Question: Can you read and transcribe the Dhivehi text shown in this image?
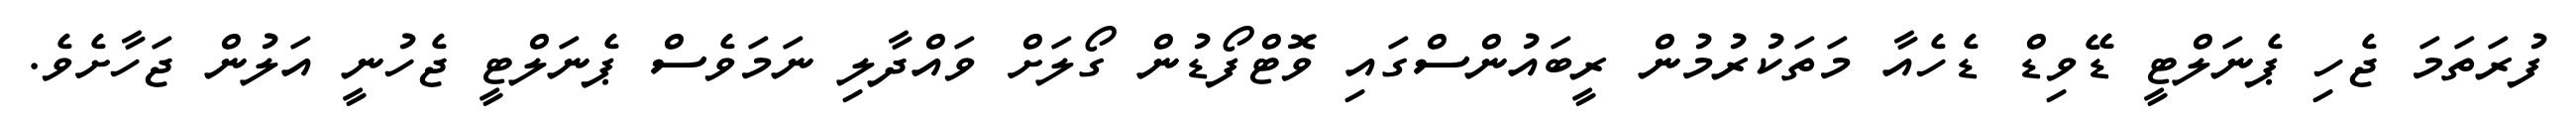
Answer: ފުރަތަމަ ޖެހި ޕެނަލްޓީ ޑޭވިޑް ޑެހެއާ މަތަކުރުމުން ރީބައުންސްގައި ވޮޓްފޯޑުން ގޯލަށް ވައްދާލި ނަމަވެސް ޕެނަލްޓީ ޖެހުނީ އަލުން ޖަހާށެވެ.